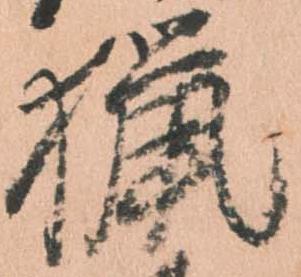
猟